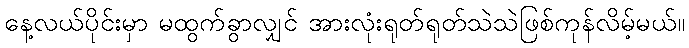
နေ့လယ်ပိုင်းမှာ မထွက်ခွာလျှင် အားလုံးရုတ်ရုတ်သဲသဲဖြစ်ကုန်လိမ့်မယ်။